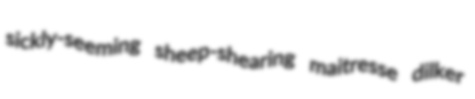
sickly-seeming sheep-shearing maitresse dilker